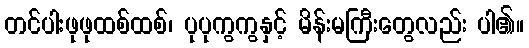
တင်ပါးဖုဖုထစ်ထစ်၊ ပုပုကွကွနှင့် မိန်းမကြီးတွေလည်း ပါ၏။